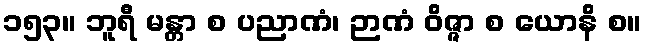
၁၅၃။ ဘူရီ မန္တာ စ ပညာဏံ၊ ဉာဏံ ဝိဇ္ဇာ စ ယောနိ စ။